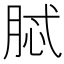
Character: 脦